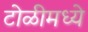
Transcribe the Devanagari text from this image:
टोळीमध्ये